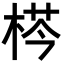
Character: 𣔁